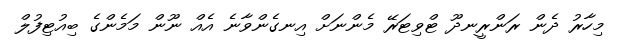
މިހާރު ދެން ރަންރީނދޫ ޓްވިޓަރޭ މެންނަށް އިނގެންވާނެ އެއް ނޫން މަމެންގެ ބިއުޓިފުލް